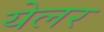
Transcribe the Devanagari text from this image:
येलर